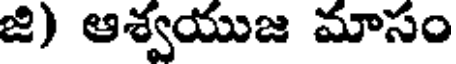
జి) ఆశ్వయుజ మాసం